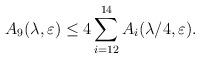
LaTeX: \begin{align*}A_9(\lambda,\varepsilon)\leq 4\sum_{i=12}^{14}A_i(\lambda/4,\varepsilon).\end{align*}